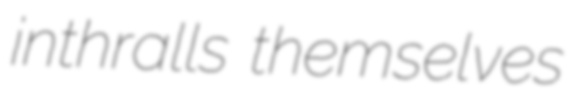
inthralls themselves